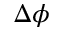
\Delta \phi